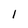
Character: l